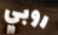
روبي